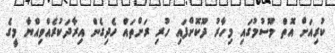
ކުރިއަށް އޮތް މޫސުމުގައި މިހާރު ދޫކޮށްފައި ހުރި ރަށްތައް ހެދިގެން އިރާދަކުރެއްވިއްޔާ މީގެ